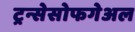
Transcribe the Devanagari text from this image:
ट्रन्सेसोफगेअल